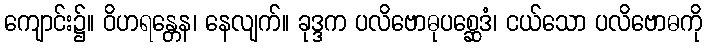
ကျောင်း၌။ ဝိဟရန္တေန၊ နေလျက်။ ခုဒ္ဒက ပလိဗောဓုပစ္ဆေဒံ၊ ငယ်သော ပလိဗောဓကို